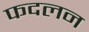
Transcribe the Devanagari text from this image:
फदलन